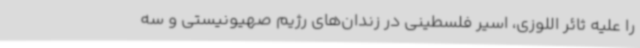
را علیه ثائر اللوزی، اسیر فلسطینی در زندان‌های رژیم صهیونیستی و سه